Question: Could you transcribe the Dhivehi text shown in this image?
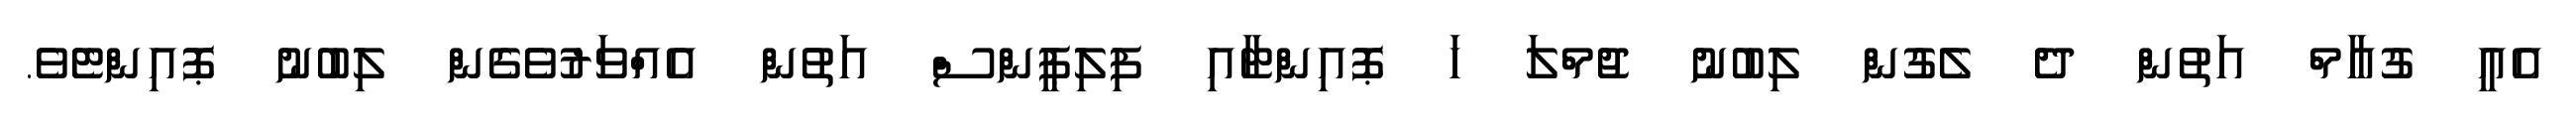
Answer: އެއީ ގުއާމް އަތުން ދެ ލެގުން ލިބުނު ޖުމްލަ ހަ ޕޮއިންޓާއި ފިލިޕީންސް އަތުން އެއްވަރުވެގެން ލިބުނު ޕޮއިންޓެވެ.